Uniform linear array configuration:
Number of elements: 12
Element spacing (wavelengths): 0.5
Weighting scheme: binomial
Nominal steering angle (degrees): -30
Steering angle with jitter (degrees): -28.723
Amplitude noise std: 0.05
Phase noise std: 0.05

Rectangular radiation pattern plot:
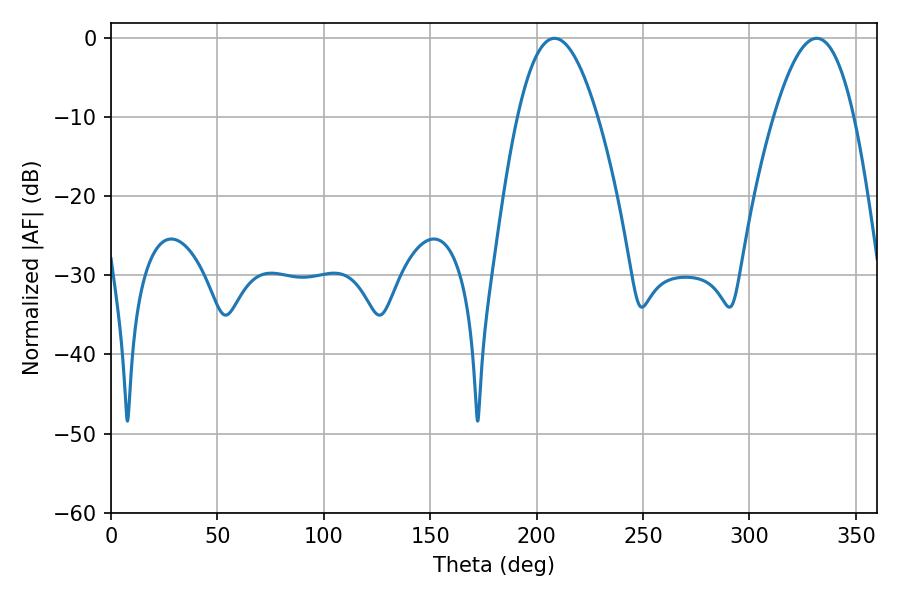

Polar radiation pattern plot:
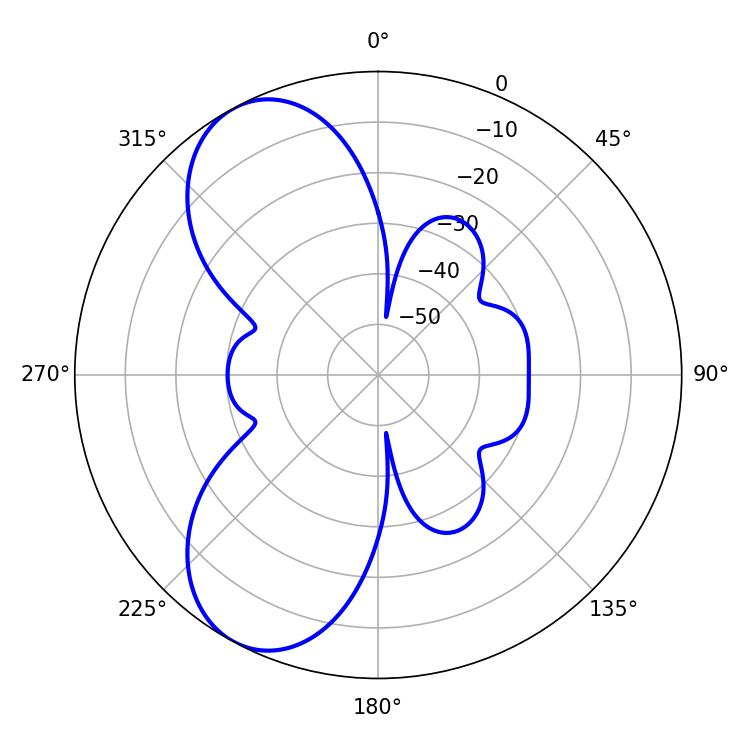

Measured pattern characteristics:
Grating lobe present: FALSE
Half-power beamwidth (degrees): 20.52
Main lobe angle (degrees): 331.56